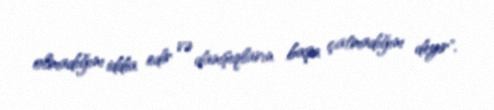
olmadığını iddia edir və danışıqların başa çatmadığını deyir".